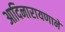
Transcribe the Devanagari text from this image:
आदिनारायणाने